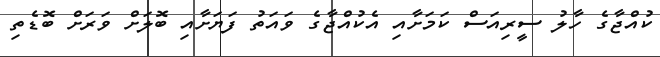
ކުއްޖާގެ ހާލު ސީރިއަސް ކަމަށާއި އެކުއްޖާގެ ވައަތު ފަޔަށާއި ބޮލަށް ވަރަށް ބޮޑެތި